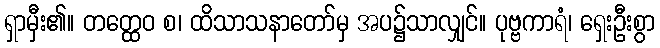
ရှာမှီး၏။ တတ္ထေဝ စ၊ ထိသာသနာတော်မှ အပ၌သာလျှင်။ ပုဗ္ဗကာရံ၊ ရှေးဦးစွာ